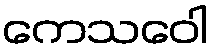
ကေသဝေါ